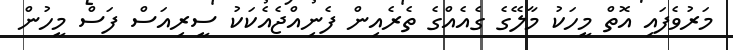
މަރުވެފައި އޮތް މީހަކު މާލޭގެ ގެއެއްގެ ތެރެއިން ފެނިއްޖެއެކަކު ސީރިއަސް ފަސް މީހުން